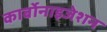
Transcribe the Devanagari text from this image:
कार्बोनाइजेशन